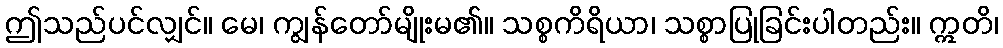
ဤသည်ပင်လျှင်။ မေ၊ ကျွန်တော်မျိုးမ၏။ သစ္စကိရိယာ၊ သစ္စာပြုခြင်းပါတည်း။ ဣတိ၊